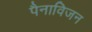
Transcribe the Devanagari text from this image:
पैनाविजन